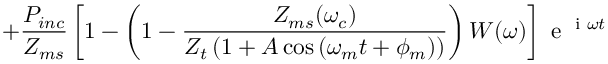
+ \frac { P _ { i n c } } { Z _ { m s } } \left[ 1 - \left( 1 - \frac { Z _ { m s } ( \omega _ { c } ) } { Z _ { t } \left( 1 + A \cos \left( \omega _ { m } t + \phi _ { m } \right) \right) } \right) W ( \omega ) \right] \textrm { e } ^ { \textrm { i } \omega t }